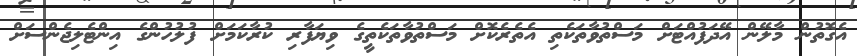
އެގޮތުން މާލޭން އޭދަފުއްޓަށް މަސްތުވާތަކެތި އެތެރެކޮށް މަސްތުވާތަކެތީގެ ވިޔަފާރި ކުރާކަމަށް ފުލުހުންގެ އިންޓެލިޖެންސަށް